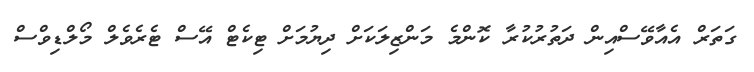
ގަތަރް އެއާވޭސްއިން ދަތުރުކުރާ ކޮންމެ މަންޒިލަކަށް ދިޔުމަށް ޓިކެޓް އޭސް ޓެރެވެލް މޯލްޑިވްސް